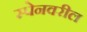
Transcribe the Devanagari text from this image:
स्पेनवरील